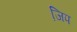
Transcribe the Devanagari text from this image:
जि़प